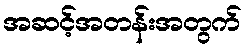
အဆင့်အတန်းအတွက်